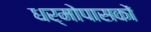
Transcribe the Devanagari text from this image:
धर्मोपासकों